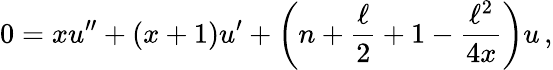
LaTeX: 0=xu^{\prime\prime}+(x+1)u^{\prime}+\left(n+\frac{\ell}{2}+1-\frac{\ell^{2}}{4x}\right)u\, ,